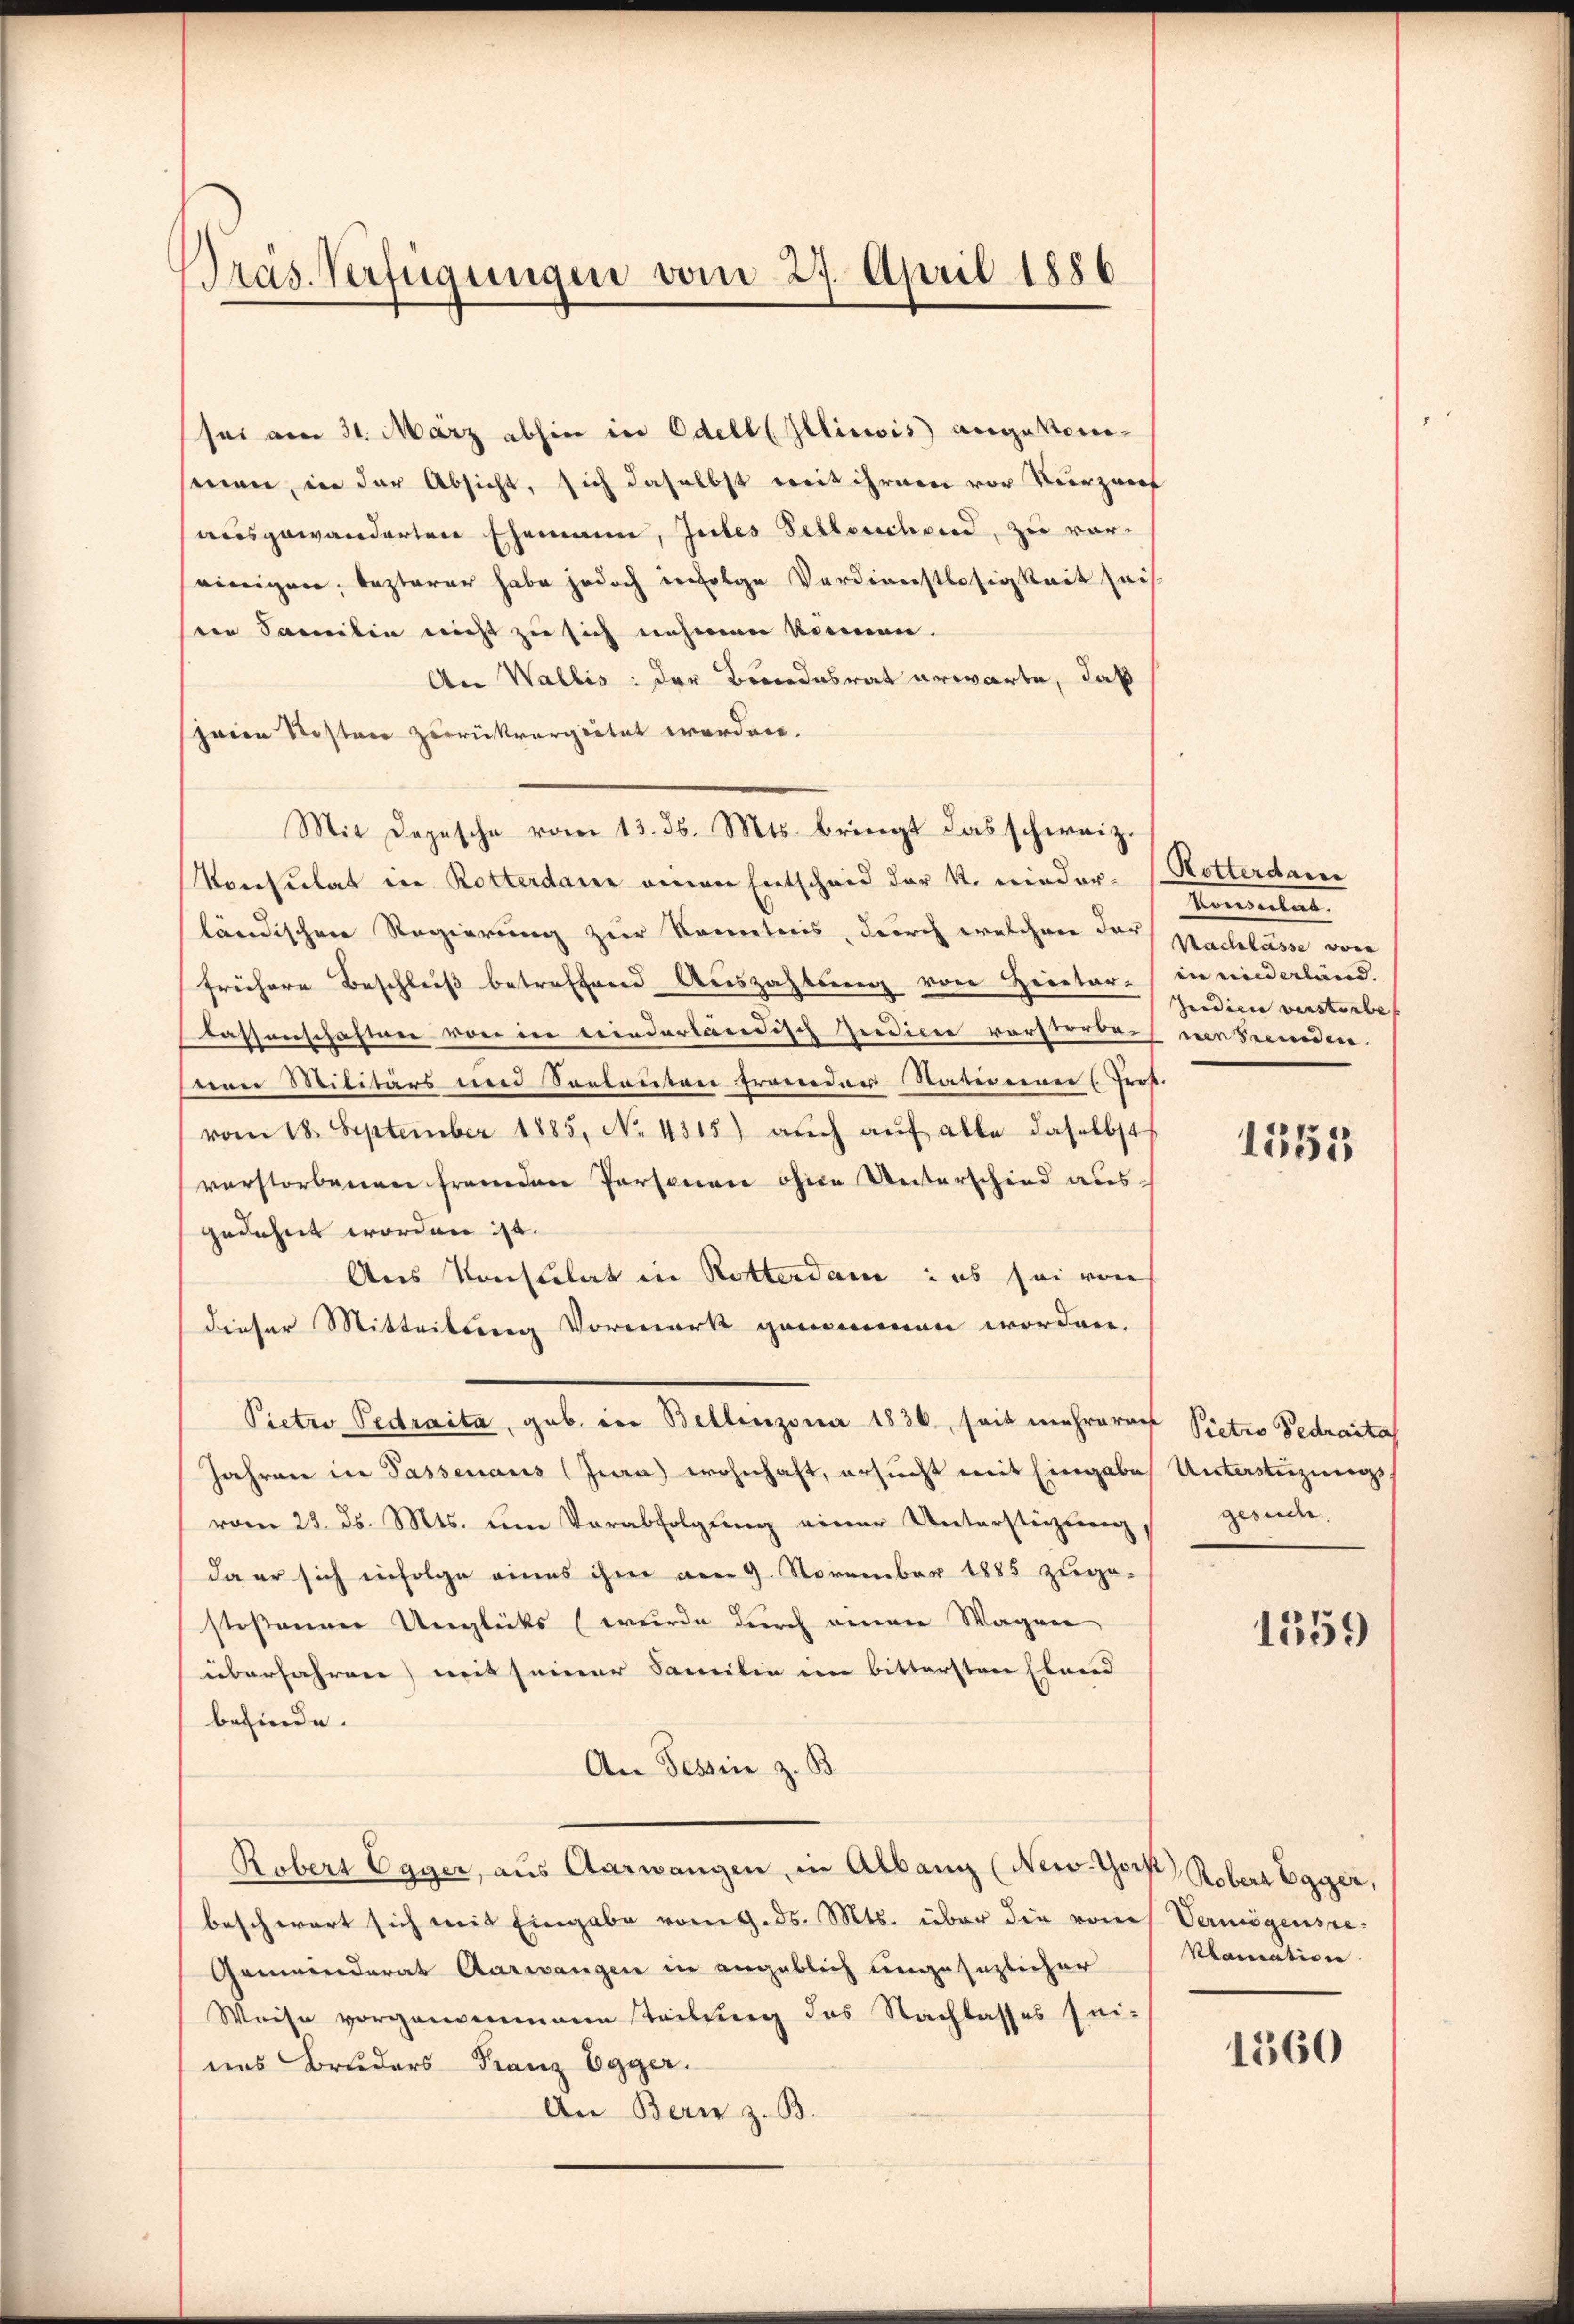
Präs. Verfügungen vom 27. April 1886

sei am 31. März abhin in Edell (Illiciis angekomsenen, in der Absicht, sich daselbst weit ihrem vor Verzeif
aisgewanderten Ehemann, Jules Sellenchend, zu vor-
einigen, lezterer habe jedoch infolge Verdienstlosigkeit sais
sein Samilie nicht zu sich nehmen können.
An Wallis: der Bundesrat erwarte, daß
peien Kosten zurückvergietet werden.
Konsulat in Rotterdan einen Entscheid der K. nieder-
ländischen Regierung zur Kenntnis, durch welchen das Nachlasse
frühere Beschleiß betreffend Auszahlung von Heretar. (in niederland.
lassenschaften von in wiederländisch Indicie vorstorbe-
von Militärs und Sontanton trander Statienner Prof.
vom 18. September 1885, No 4315) auch auf alle daselbst
verstorbenen fremden Personen ohne Unterschied aus-
gedehnt worden ist.
Aus Konsulat in Rotterdam ius sei von
dieser Mitteilung Vormerk genommen worden.
Pietro Pedraita, geb. in Bellinzona 1836, seit mehrorat Pietro Pedraita
Jahren in Passenaus (Jura) wohnhaft, ersucht mit Eingabe Unterstüzungsvom 23. ds. Mts. um Verabfolgung einer Unterstüzung,
da er sich infolge eines ihme am 9. November 1885 zuge-
stoßenen Unglücks wurde durch einen Wagen
überfahren) mit seiner Familie im bittersten Elend
befinde.
An Tessin z. B.
Robert Egger, aus Aarwangen, in Albang (New-York Robers Egger,
beschwert sich mit Eingabe vom 9. ds. Mts. über die von Vermögensre¬
Gemeinderat Aarwangen in angeblich ungesezlicher
Weise vorgenommene teilung des Nachlasses sei-
uns Bruders Franz Egger.
An Bern z. B.

Mit Depesche vom 13. d. Mts. bringt das schweiz.

Rotterdame
Momentat
Judici verstorbe
nenstenden.

1555

gesuche

1559

klamation

1560